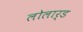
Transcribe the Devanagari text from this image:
लोलार्ड